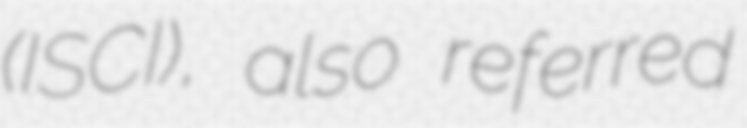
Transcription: (ISCI), also referred